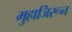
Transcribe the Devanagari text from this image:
मुहाजिरून